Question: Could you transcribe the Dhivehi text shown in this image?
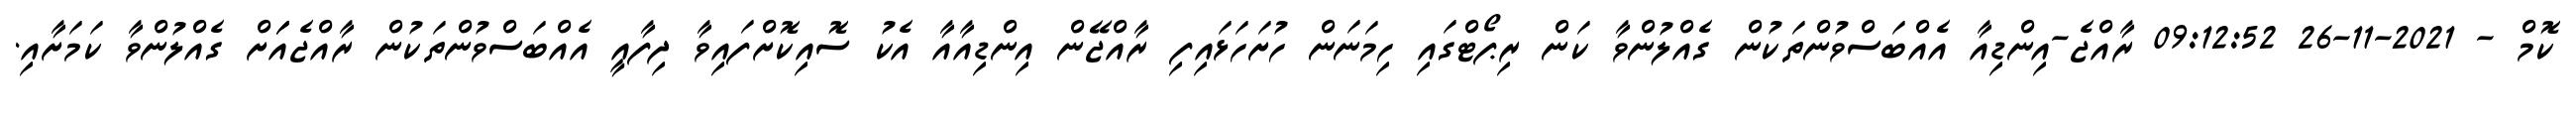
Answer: ކޮމް - 2021-11-26 09:12:52 ރާއްޖެ-އިންޑިއާ އެއްބަސްވުންތަކުން ގެއްލުންވާ ކަން ރިޕޯޓްގައި ހިމަނަން ހުށަހަޅައިފި ރާއްޖޭން އިންޑިއާއާ އެކު ސޮއިކޮށްފައިވާ ދިފާއީ އެއްބަސްވުންތަކުން ރާއްޖެއަަށް ގެއްލުންވާ ކަމަށާއި.